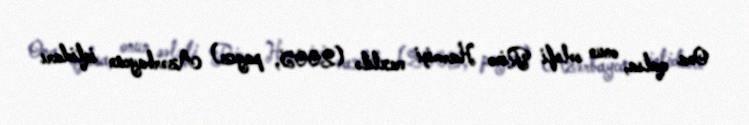
Ona qalsa, onun sələfi Rino Harmişi vaxtilə (2005, payız) Azərbaycan iqtidarı